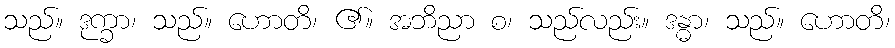
သည်။ ဒုက္ခာ၊ သည်။ ဟောတိ၊ ၏။ အဘိညာ စ၊ သည်လည်း။ ဒန္ဓာ၊ သည်။ ဟောတိ၊